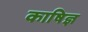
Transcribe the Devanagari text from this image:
काषिज्ञ